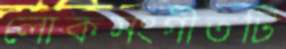
লোকসংগীতটি